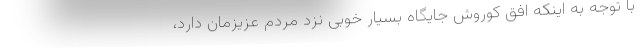
با توجه به اینکه افق کوروش جایگاه بسیار خوبی نزد مردم عزیزمان دارد،